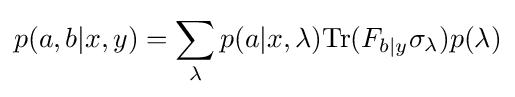
p(a,b|x,y)=\sum _{\lambda }p(a|x,\lambda )\mathrm {Tr} (F_{b|y}\sigma _{\lambda })p(\lambda )